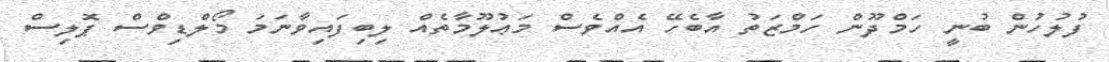
ފުލުހުން ބުނީ ހަމްދޫން ހަމްޒަތު އާބެހޭ އެއްވެސް މަޢުލޫމާތެއް ލިބިފައިވާނަމަ މޯލްޑިވްސް ޕޮލިސް